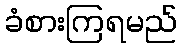
ခံစားကြရမည်